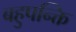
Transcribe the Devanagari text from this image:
बहुपन्क्ति